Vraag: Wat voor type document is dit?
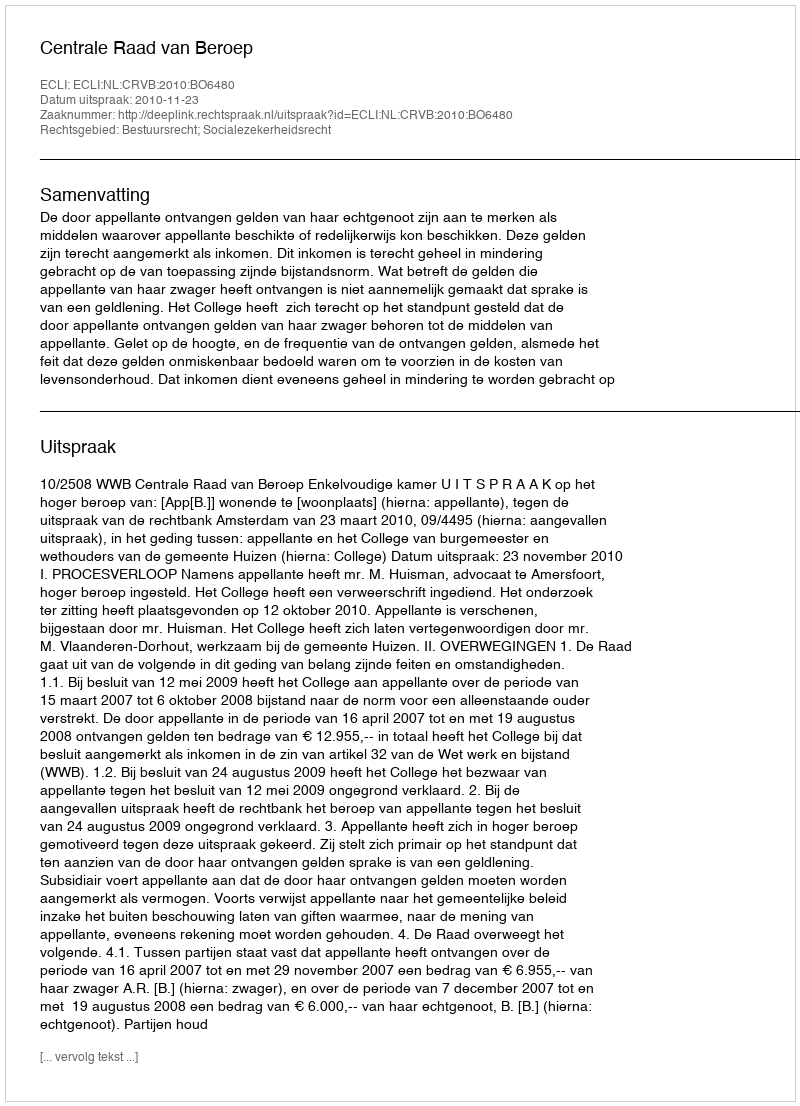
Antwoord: Uitspraak